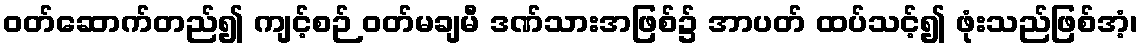
ဝတ်ဆောက်တည်၍ ကျင့်စဉ် ဝတ်မချမီ ဒဏ်သားအဖြစ်၌ အာပတ် ထပ်သင့်၍ ဖုံးသည်ဖြစ်အံ့၊